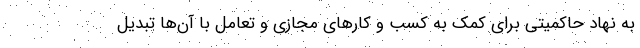
به نهاد حاکمیتی برای کمک به کسب و کارهای مجازی و تعامل با آن‌ها تبدیل